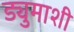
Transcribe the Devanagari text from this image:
ड्युमाशी